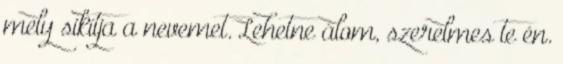
mely sikítja a nevemet. Lehetne álom, szerelmes te én.